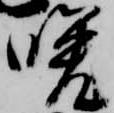
晩